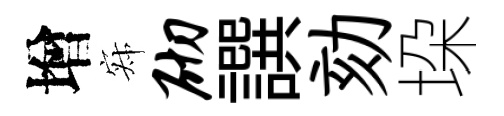
增寂砌譔劾垜